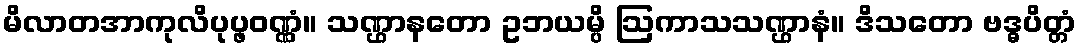
မိလာတအာကုလိပုပ္ဖဝဏ္ဏံ။ သဏ္ဌာနတော ဥဘယမ္ပိ ဩကာသသဏ္ဌာနံ။ ဒိသတော ဗဒ္ဓပိတ္တံ